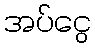
အပ်ငွေ